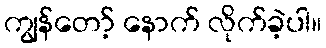
ကျွန်တော့် နောက် လိုက်ခဲ့ပါ။